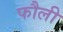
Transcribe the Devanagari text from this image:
फौली